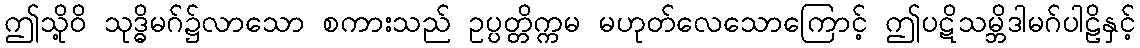
ဤသို့ဝိ သုဒ္ဓိမဂ်၌လာသော စကားသည် ဥပ္ပတ္တိက္ကမ မဟုတ်လေသောကြောင့် ဤပဋိသမ္ဘိဒါမဂ်ပါဠိနှင့်